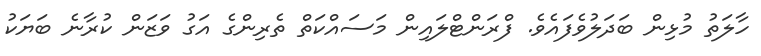
ހާލަތު މުޅިން ބަދަލުވެފައެވެ. ފްރަންޓްލައިން މަސައްކަތް ތެރިންގެ އަގު ވަޒަން ކުރާނެ ބަޔަކު